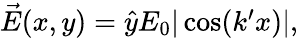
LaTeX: \begin{array}{r}{\vec{E}(x,y)=\hat{y}E_{0}|\cos(k^{\prime}x)|,}\end{array}